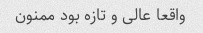
واقعا عالی و تازه بود ممنون